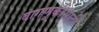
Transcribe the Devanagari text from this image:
वागणूकीसाठी